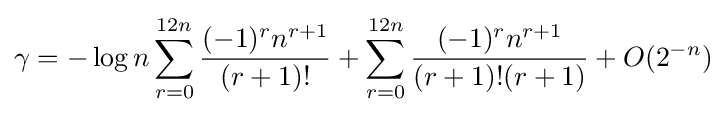
\gamma =-\log n\sum _{r=0}^{12n}{\frac {(-1)^{r}n^{r+1}}{(r+1)!}}+\sum _{r=0}^{12n}{\frac {(-1)^{r}n^{r+1}}{(r+1)!(r+1)}}+O(2^{-n})